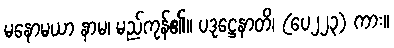
မနောမယာ နာမ၊ မည်ကုန်၏။ ပဒုဋ္ဌေနာတိ၊ (ပေ၂၂၃) ကား။